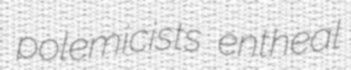
polemicists entheal